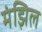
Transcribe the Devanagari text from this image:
मंझिल